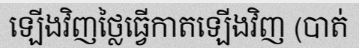
ឡើងវិញថ្លៃធ្វើកាតឡើងវិញ (បាត់